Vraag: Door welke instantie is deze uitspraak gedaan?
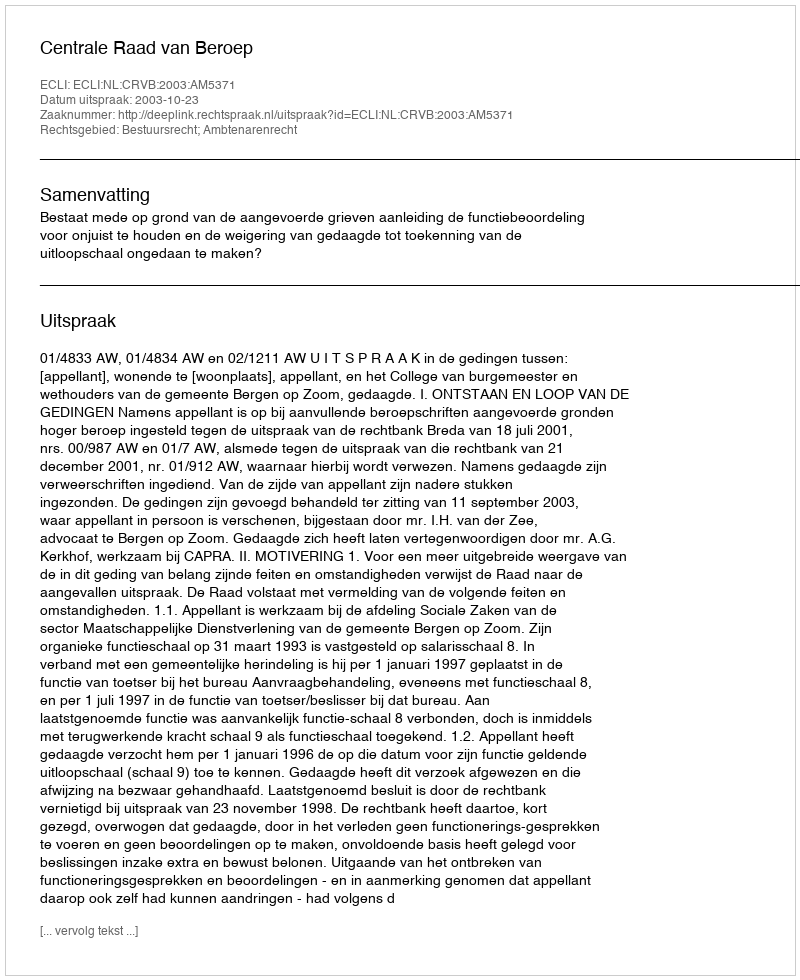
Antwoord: Centrale Raad van Beroep